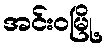
အင်းဝမြို့